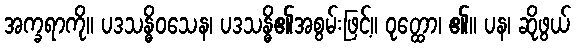
အက္ခရာကို။ ပဒသန္ဓိဝသေန၊ ပဒသန္ဓိ၏အစွမ်းဖြင့်။ ဝုတ္ထော၊ ၏။ ပန၊ ဆိုဖွယ်